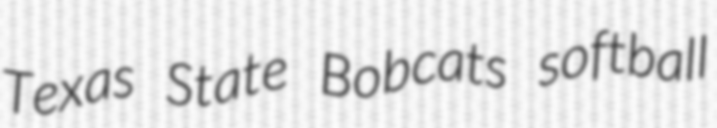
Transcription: Texas State Bobcats softball